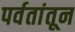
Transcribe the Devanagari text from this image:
पर्वतांतून